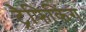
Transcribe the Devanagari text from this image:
ट्रैफिकिंग